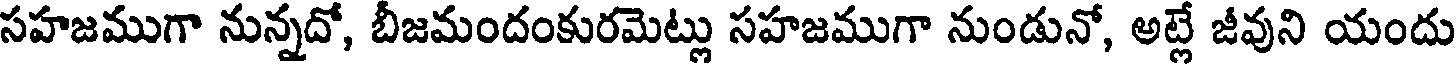
సహజముగా నున్నదో, బీజమందంకురమెట్లు సహజముగా నుండునో, అట్లే జీవుని యందు